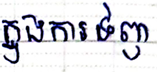
ក្នុងការទិញ